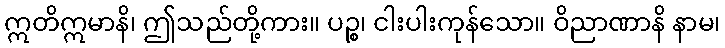
ဣတိဣမာနိ၊ ဤသည်တို့ကား။ ပဉ္စ၊ ငါးပါးကုန်သော။ ဝိညာဏာနိ နာမ၊